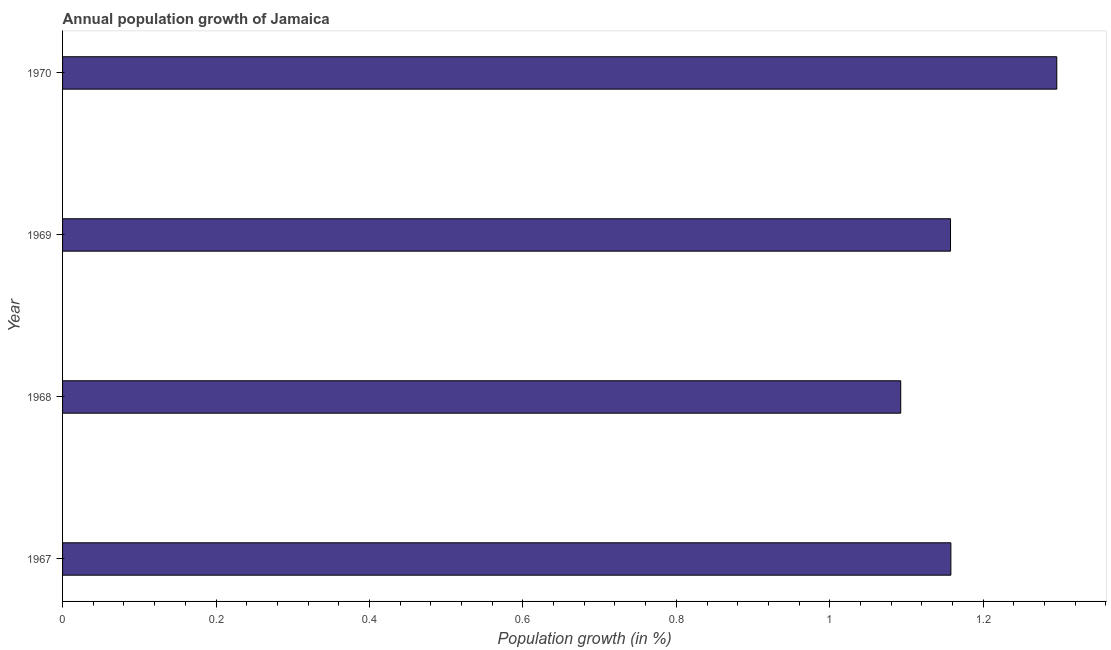
| Year | Population growth |
 | --- | --- |
 | 1967 | 1.16 |
 | 1968 | 1.09 |
 | 1969 | 1.16 |
 | 1970 | 1.3 |